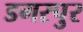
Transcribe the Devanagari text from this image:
डगरपुर